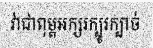
វាជាពុម្ពអក្សរក្បូរក្បាច់